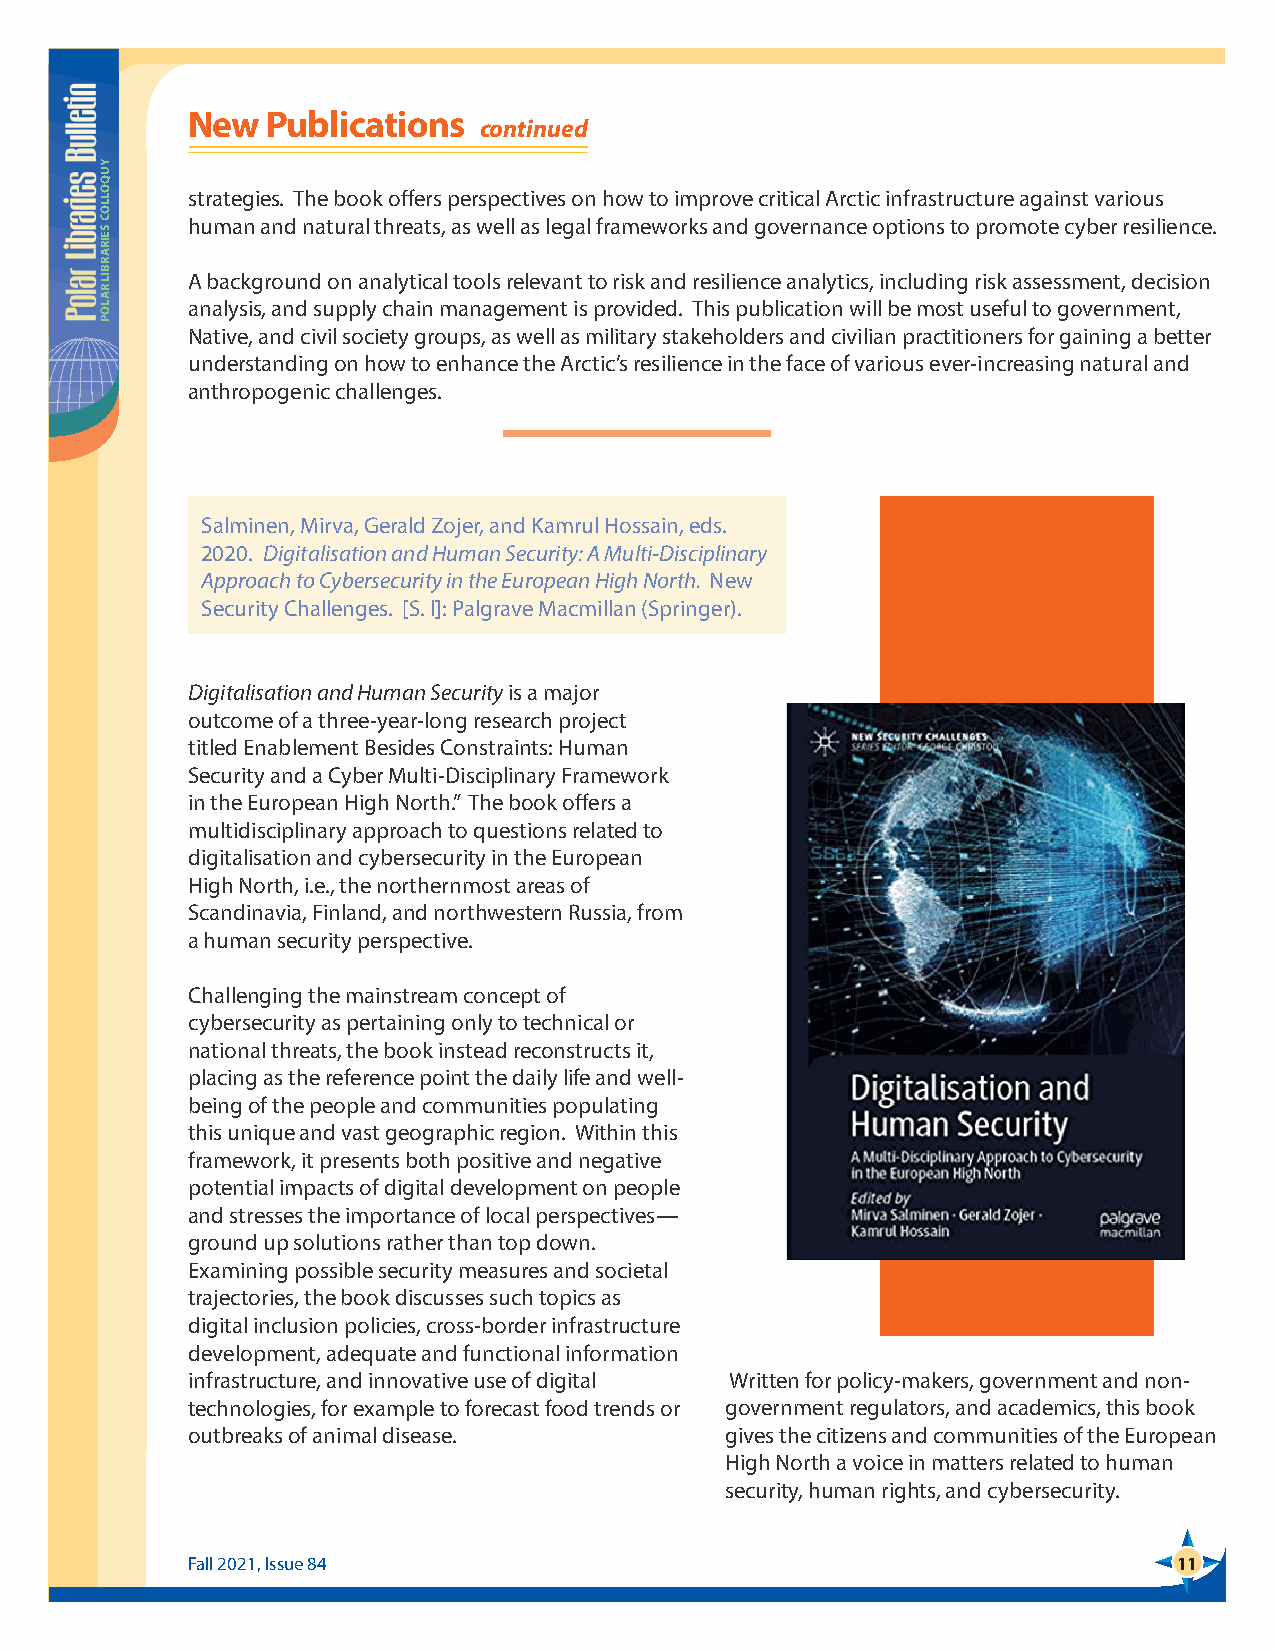
New   Publications
 continued
 strategies. The book offers perspectives on how to improve critical Arctic infrastructure against various
 human and natural threats, as well as legal frameworks and governance options to promote cyber resilience.
 A background on analytical tools relevant to risk and resilience analytics, including risk assessment, decision
 analysis, and supply chain management is provided. This publication will be most useful to government,
 Native, and civil society groups, as well as military stakeholders and civilian practitioners for gaining a better
 understanding on how to enhance the Arctic’s resilience in the face of various ever-increasing natural and
 anthropogenic challenges.
 Salminen, Mirva, Gerald Zojer, and Kamrul Hossain, eds.
 2020. Digitalisation and Human Security: A Multi-Disciplinary
 Approach to Cybersecurity in the European High North. New
 Security Challenges. [S. l]: Palgrave Macmillan (Springer).
 Digitalisation and Human Security is a major
 outcome of a three-year-long research project
 titled Enablement Besides Constraints: Human
 Security and a Cyber Multi-Disciplinary Framework
 in the European High North.” The book offers a
 multidisciplinary approach to questions related to
 digitalisation and cybersecurity in the European
 High North, i.e., the northernmost areas of
 Scandinavia, Finland, and northwestern Russia, from
 a human security perspective.
 Challenging the mainstream concept of
 cybersecurity as pertaining only to technical or
 national threats, the book instead reconstructs it,
 placing as the reference point the daily life and well-
 being of the people and communities populating
 this unique and vast geographic region. Within this
 framework, it presents both positive and negative
 potential impacts of digital development on people
 and stresses the importance of local perspectives—
 ground up solutions rather than top down.
 Examining possible security measures and societal
 trajectories, the book discusses such topics as
 digital inclusion policies, cross-border infrastructure
 development, adequate and functional information
 infrastructure, and innovative use of digital Written for policy-makers, government and non-
 technologies, for example to forecast food trends or government regulators, and academics, this book
 outbreaks of animal disease.        gives the citizens and communities of the European
 High North a voice in matters related to human
 security, human rights, and cybersecurity.
 Fall 2021, Issue 84                                               11
 YUQOLLOC
 SEIRARBIL
 RALOP